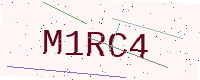
Text: M1RC4